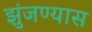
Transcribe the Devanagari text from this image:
झुंजण्यास